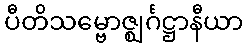
ပီတိသမ္ဗောဇ္ဈင်္ဂဋ္ဌာနီယာ